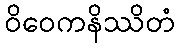
ဝိဝေကနိဿိတံ